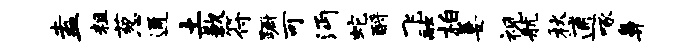
盍粗葱通土歉符蹰可沔蛇酹飞融柏萋视航秋逋啄鼻